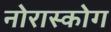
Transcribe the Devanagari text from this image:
नोरास्कोग